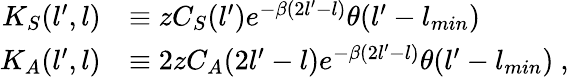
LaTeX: \begin{array}{rl}{K_{S}(l^{\prime},l)}&{\equiv zC_{S}(l^{\prime})e^{-\beta(2l^{\prime}-l)}\theta(l^{\prime}-l_{min})}\\ {K_{A}(l^{\prime},l)}&{\equiv 2zC_{A}(2l^{\prime}-l)e^{-\beta(2l^{\prime}-l)}\theta(l^{\prime}-l_{min})\ ,}\end{array}